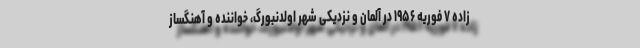
زاده ۷ فوریه ۱۹۵۶ در آلمان و نزدیکی شهر اولدنبورگ، خواننده و آهنگساز